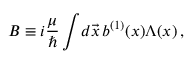
B \equiv i { \frac { \mu } { \hbar } } \int \! d \vec { x } \, b ^ { ( 1 ) } ( x ) \Lambda ( x ) \, ,